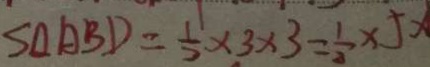
S _ { \Delta A B D } = \frac { 1 } { 2 } \times 3 \times 3 = \frac { 1 } { 2 } \times 5 x